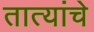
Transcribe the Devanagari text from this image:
तात्यांचे